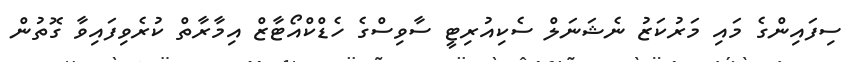
ސިފައިންގެ މައި މަރުކަޒު ނެޝަނަލް ސެކިއުރިޓީ ސާވިސްގެ ހެޑްކްއޯޓާޒް އިމާރާތް ކުރެވިފައިވާ ގޮތުން